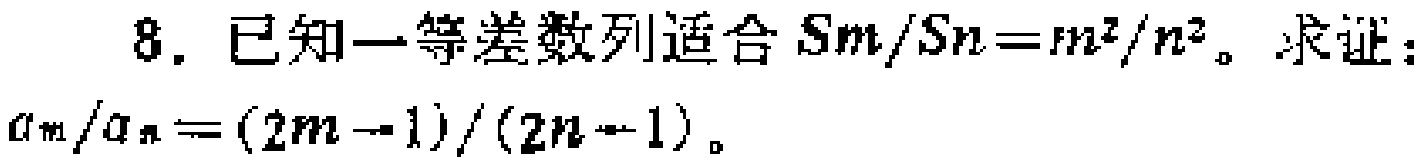
8. 已知一等差数列适合$S_m/S_n = m^2/n^2$。求证：$a_m/a_n=(2m - 1)/(2n - 1)$。